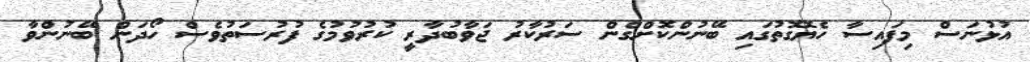
އުޅުނަސް މިފައިސާ ހެޔޮގޮތުގައި ބޭނުންކޮށްގެން ސަރުކާރު ޖަވާބުދާރީ ކުރުވުމުގެ ފުރުސަތުވެސް ހޯދަން ބޭނުންވާ